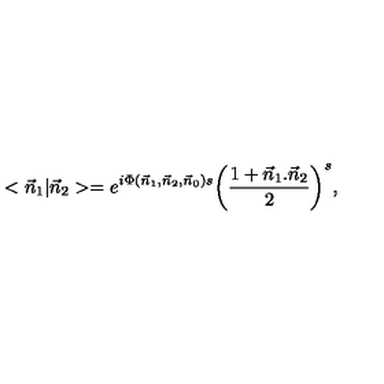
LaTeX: < { \vec { n } } _ { 1 } | { \vec { n } } _ { 2 } > = e ^ { i \Phi ( { \vec { n } } _ { 1 } , { \vec { n } } _ { 2 } , { \vec { n } } _ { 0 } ) s } { \left( { \frac { 1 + { \vec { n } } _ { 1 } . { \vec { n } } _ { 2 } } { 2 } } \right) } ^ { s } ,